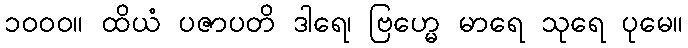
၁၀၀၀။ ထိယံ ပဇာပတိ ဒါရေ၊ ဗြဟ္မေ မာရေ သုရေ ပုမေ။